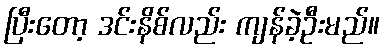
ပြီးတော့ ဒင်းနိစ်လည်း ကျန်ခဲ့ဦးမည်။